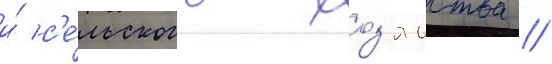
и́ с'е́льского хоз'яиства //